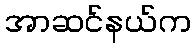
အာဆင်နယ်က